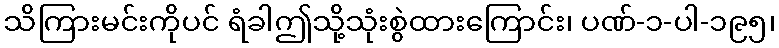
သိကြားမင်းကိုပင် ရံခါဤသို့သုံးစွဲထားကြောင်း၊ ပဏ်-၁-ပါ-၁၉၅၊